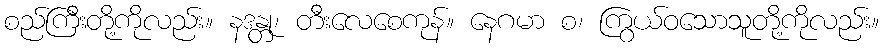
စည်ကြီးတို့ကိုလည်း။ နဒန္တု၊ တီးလေစေကုန်။ နေဂမာ စ၊ ကြွယ်ဝသောသူတို့ကိုလည်း။